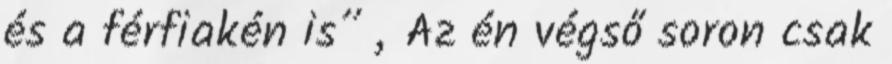
és a férfiakén is” „Az én végső soron csak